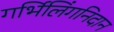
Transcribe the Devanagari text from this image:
गर्भिलिंगनिदान